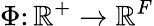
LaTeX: \Phi\colon{\mathbb{R}}^{+}\rightarrow{\mathbb{R}}^{F}